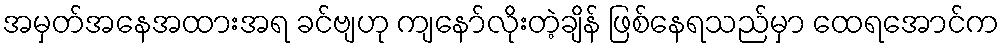
အမှတ်အနေအထားအရ ခင်ဗျဟု ကျနော်လိုးတဲ့ချိန် ဖြစ်နေရသည်မှာ ထေရအောင်က